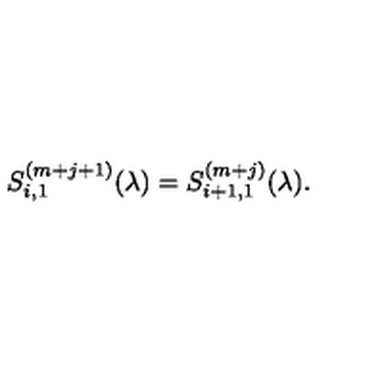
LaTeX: S _ { i , 1 } ^ { ( m + j + 1 ) } ( \lambda ) = S _ { i + 1 , 1 } ^ { ( m + j ) } ( \lambda ) .